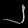
Digit: ၂